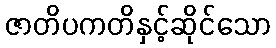
ဇာတိပကတိနှင့်ဆိုင်သော